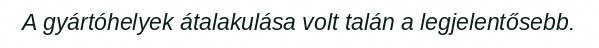
A gyártóhelyek átalakulása volt talán a legjelentősebb.